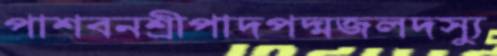
পাশবনশ্রীপাদপদ্মজলদস্যু